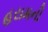
હરામની